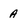
Character: A